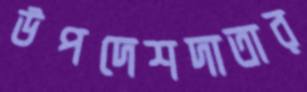
উপদেশদাতার